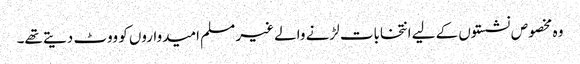
وہ مخصوص نشستوں کے لیے انتخابات لڑنے والے غیر مسلم امیدواروں کو ووٹ دیتے تھے۔